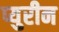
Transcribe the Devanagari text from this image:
प्युरीन